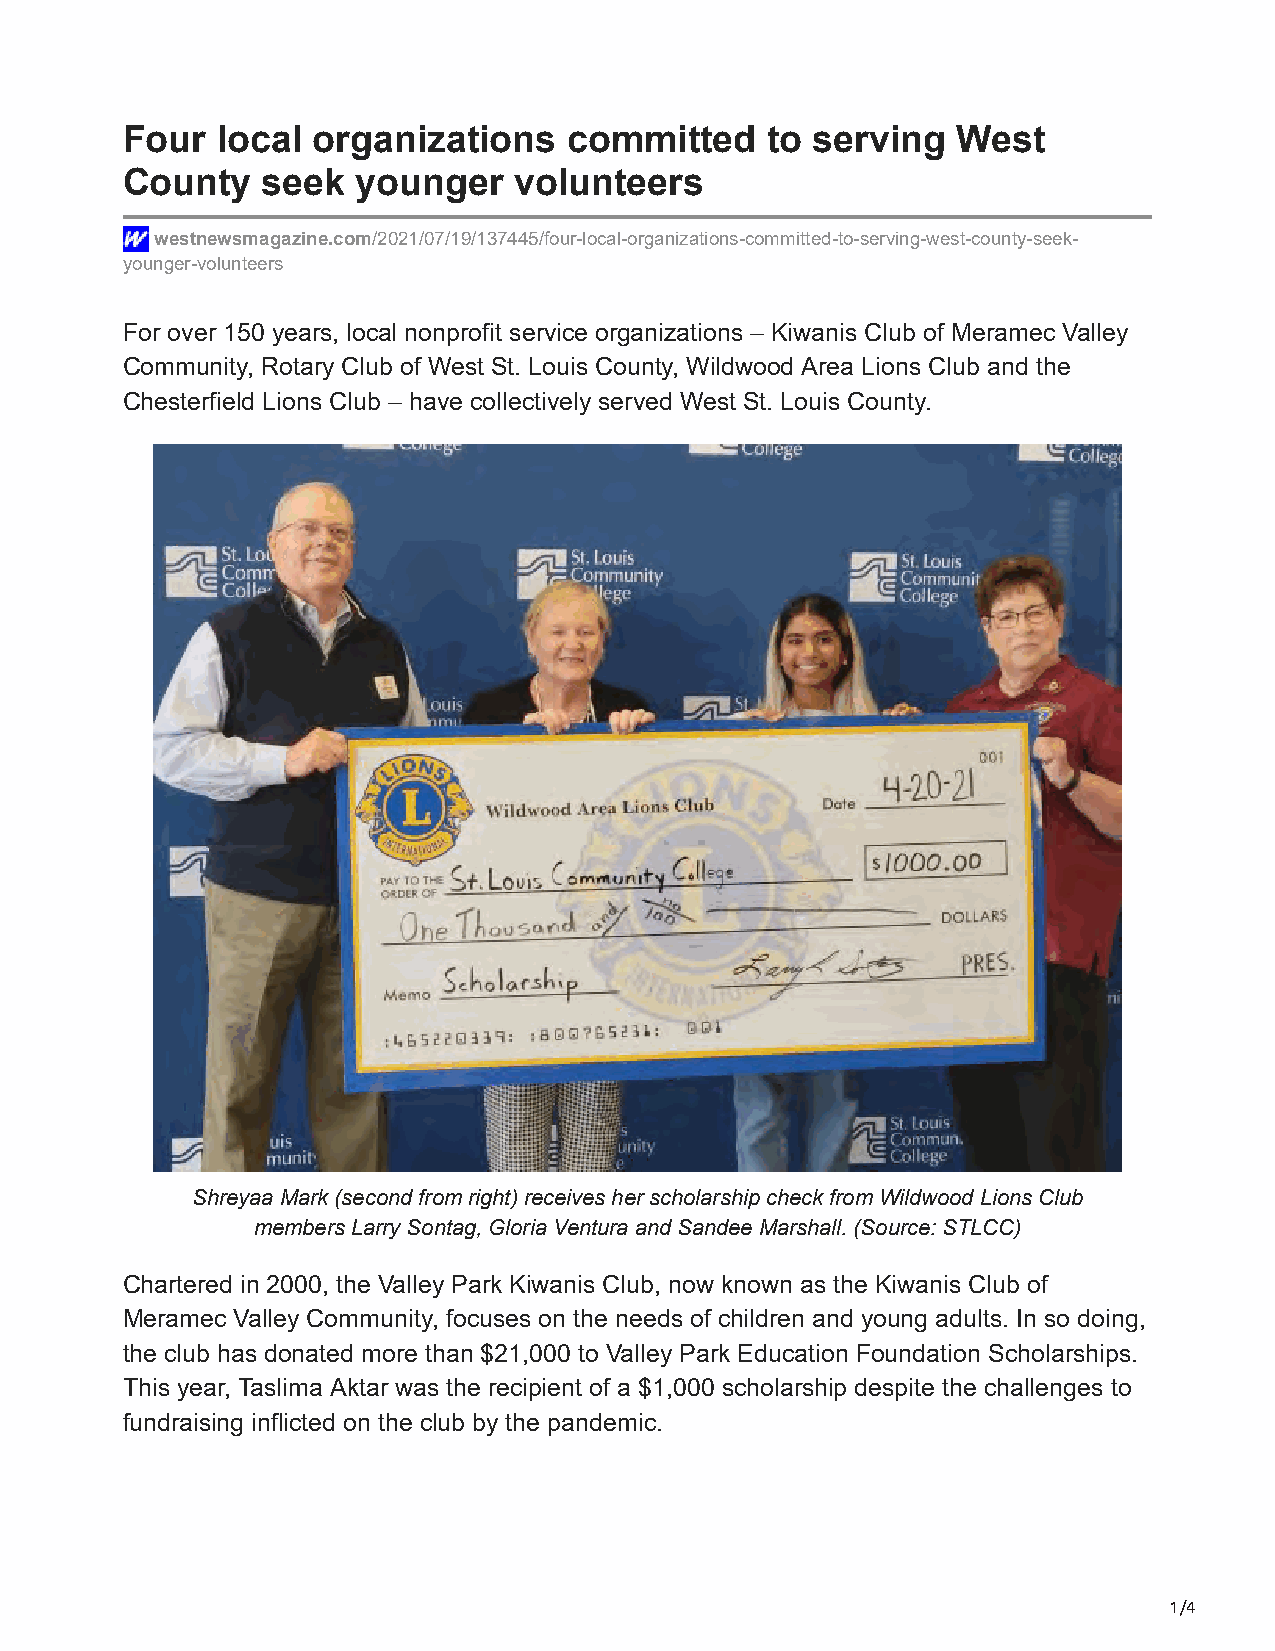
Four  local  organizations    committed    to serving  West
 County   seek   younger   volunteers
 westnewsmagazine.com/2021/07/19/137445/four-local-organizations-committed-to-serving-west-county-seek-
 younger-volunteers
 For over 150 years, local nonprofit service organizations – Kiwanis Club of Meramec Valley
 Community, Rotary Club of West St. Louis County, Wildwood Area Lions Club and the
 Chesterfield Lions Club – have collectively served West St. Louis County.
 Shreyaa Mark (second from right) receives her scholarship check from Wildwood Lions Club
 members Larry Sontag, Gloria Ventura and Sandee Marshall. (Source: STLCC)
 Chartered in 2000, the Valley Park Kiwanis Club, now known as the Kiwanis Club of
 Meramec Valley Community, focuses on the needs of children and young adults. In so doing,
 the club has donated more than $21,000 to Valley Park Education Foundation Scholarships.
 This year, Taslima Aktar was the recipient of a $1,000 scholarship despite the challenges to
 fundraising inflicted on the club by the pandemic.
 1/4